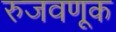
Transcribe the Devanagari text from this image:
रुजवणूक